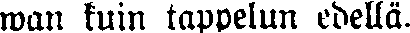
wan kuin tappelun edellä.